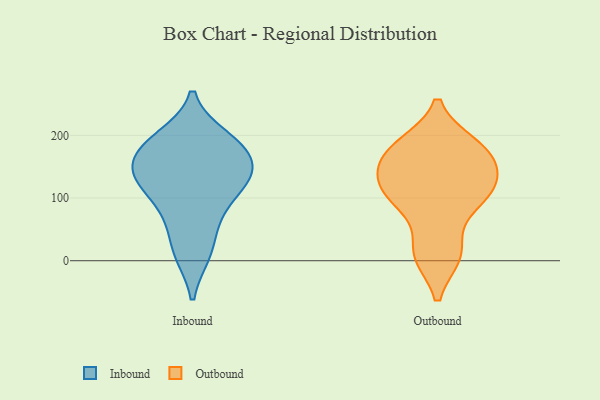
{"axis": {"x": "Page Views", "y": "Value"}, "legend": ["Inbound", "Outbound"], "data": [{"x": "", "y": 183, "type": "Inbound"}, {"x": "", "y": 128, "type": "Inbound"}, {"x": "", "y": 71, "type": "Inbound"}, {"x": "", "y": 184, "type": "Inbound"}, {"x": "", "y": 125, "type": "Inbound"}, {"x": "", "y": 131, "type": "Inbound"}, {"x": "", "y": 111, "type": "Inbound"}, {"x": "", "y": 12, "type": "Inbound"}, {"x": "", "y": 160, "type": "Inbound"}, {"x": "", "y": 13, "type": "Inbound"}, {"x": "", "y": 196, "type": "Inbound"}, {"x": "", "y": 67, "type": "Inbound"}, {"x": "", "y": 141, "type": "Inbound"}, {"x": "", "y": 191, "type": "Inbound"}, {"x": "", "y": 153, "type": "Inbound"}, {"x": "", "y": 154, "type": "Outbound"}, {"x": "", "y": 118, "type": "Outbound"}, {"x": "", "y": 181, "type": "Outbound"}, {"x": "", "y": 12, "type": "Outbound"}, {"x": "", "y": 184, "type": "Outbound"}, {"x": "", "y": 164, "type": "Outbound"}, {"x": "", "y": 90, "type": "Outbound"}, {"x": "", "y": 104, "type": "Outbound"}, {"x": "", "y": 120, "type": "Outbound"}, {"x": "", "y": 10, "type": "Outbound"}]}